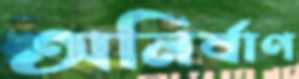
অনির্বাণ